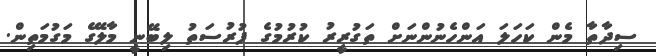
ސިދާތާ މެން ކަހަލަ އަންހެނުންނަށް ތަގުރީރު ކުރުމުގެ ފުރުސަތު ލިބޭނީ މާލޭގެ މަގުމަތިން.